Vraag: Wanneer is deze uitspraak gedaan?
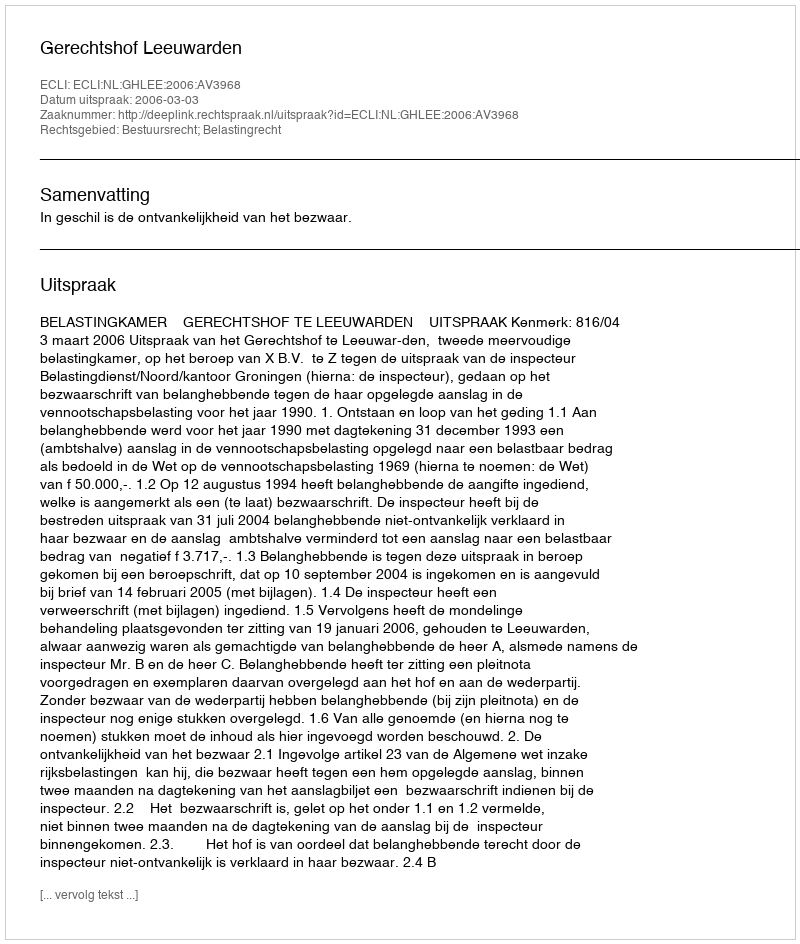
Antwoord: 2006-03-03